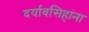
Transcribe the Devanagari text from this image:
दर्यावसिहांना